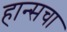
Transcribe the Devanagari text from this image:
हान्सचा